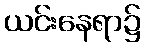
ယင်းနေရာ၌